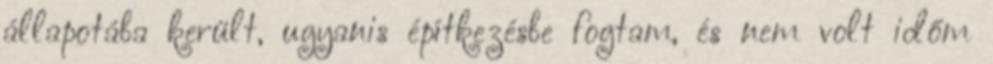
állapotába került, ugyanis építkezésbe fogtam, és nem volt időm